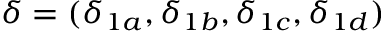
\boldsymbol { \delta } = ( \delta _ { 1 a } , \delta _ { 1 b } , \delta _ { 1 c } , \delta _ { 1 d } )